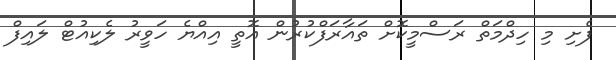
ފެށި މި ހިދްމަތް ރަސްމީކޮށް ތައާރަފްކުރުން އޮތީ އިއްޔެ ހަވީރު ލެކިއުޓް ލައިފް